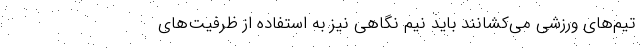
تیم‌های ورزشی می‌کشانند باید نیم نگاهی نیز به استفاده از ظرفیت‌های